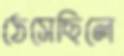
ঠেসেছিলে